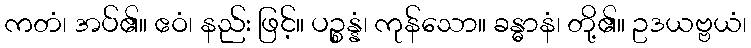
ကတံ၊ အပ်၏။ ဧဝံ၊ နည်း ဖြင့်။ ပဉ္စန္နံ၊ ကုန်သော။ ခန္ဓာနံ၊ တို့၏။ ဥဒယဗ္ဗယံ၊